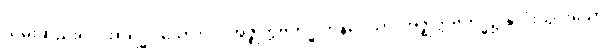
သိမ်းဆည်း၍။ အာရဒ္ဓါ၊ သော။ ပ။ အဇ္ဈတ္တဗဟိဒ္ဓါဘိနိဝေသာ၊ အဇ္ဈတ္တဗဟိဒ္ဓ၌ နှလုံးသွင်းသော